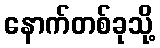
နောက်တစ်ခုသို့